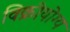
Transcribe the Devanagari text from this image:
विक्रीयोग्य